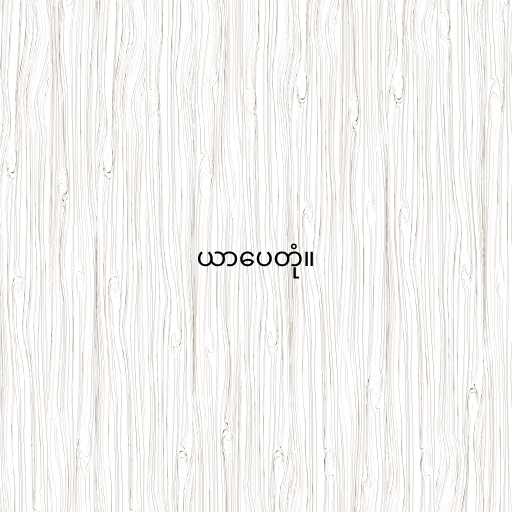
ယာပေတုံ။